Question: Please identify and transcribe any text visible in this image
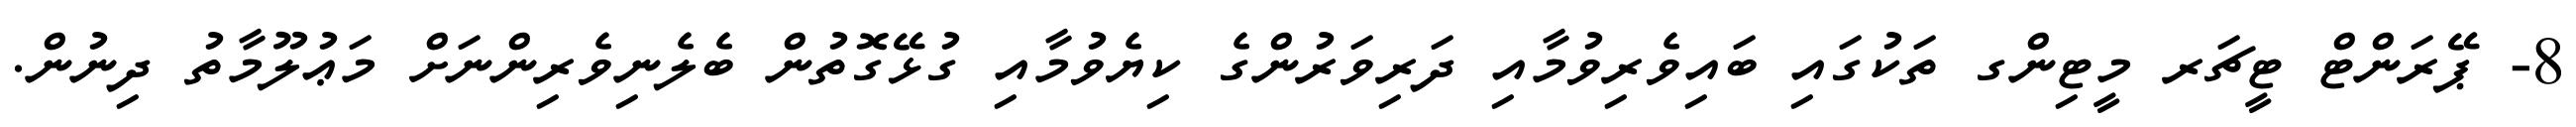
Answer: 8- ޕޭރަންޓް ޓީޗަރ މީޓިންގ ތަކުގައި ބައިވެރިވުމާއި ދަރިވަރުންގެ ކިޔެވުމާއި ގުޅޭގޮތުން ބެލެނިވެރިންނަށް މަޢުލޫމާތު ދިނުން.